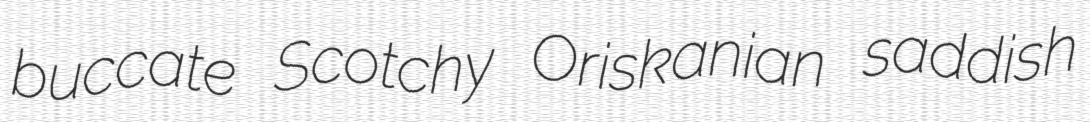
buccate Scotchy Oriskanian saddish